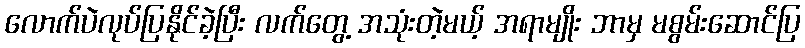
လောက်ပဲလုပ်ပြနိုင်ခဲ့ပြီး လက်တွေ့ အသုံးတဲ့မယ့် အရာမျိုး ဘာမှ မစွမ်းဆောင်ပြ